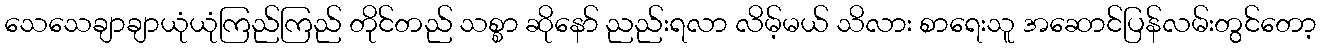
သေသေချာချာယုံယုံကြည်ကြည် တိုင်တည် သစ္စာ ဆိုနော် ညည်းရလာ လိမ့်မယ် သိလား စာရေးသူ အဆောင်ပြန်လမ်းတွင်တော့